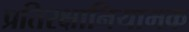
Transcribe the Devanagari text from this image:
प्रतिरक्षानियामक